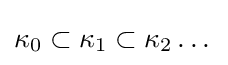
\kappa _{0}\subset \kappa _{1}\subset \kappa _{2}\dots